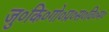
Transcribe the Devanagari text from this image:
जु०कि०गो०प्र०स०वि०म०